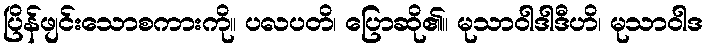
ပြိန်ဖျင်းသောစကားကို။ ပလပတိ၊ ပြောဆို၏။ မုသာဝါဒါဒီဟိ၊ မုသာဝါဒ